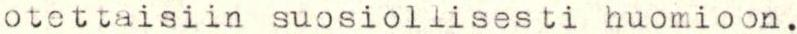
otettaisiin suosiollisesti huomioon.